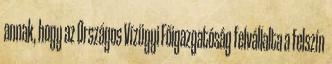
annak, hogy az Országos Vízügyi Főigazgatóság felvállalta a felszín